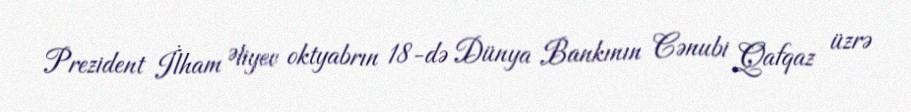
Prezident İlham Əliyev oktyabrın 18-də Dünya Bankının Cənubi Qafqaz üzrə